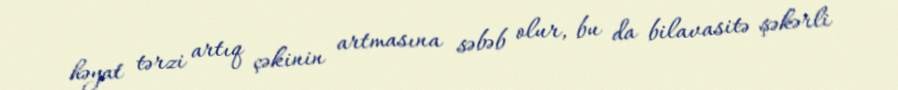
həyat tərzi artıq çəkinin artmasına səbəb olur, bu da bilavasitə şəkərli